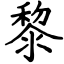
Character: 黎